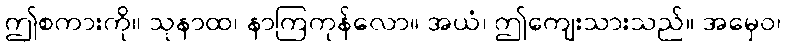
ဤစကားကို။ သုနာထ၊ နာကြကုန်လော။ အယံ၊ ဤကျေးသားသည်။ အမှေဝ၊